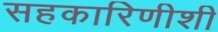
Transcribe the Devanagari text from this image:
सहकारिणीशी